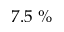
7 . 5 ~ \%